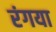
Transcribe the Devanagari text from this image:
रंगया